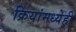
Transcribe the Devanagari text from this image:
क्रियांमध्येही